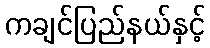
ကချင်ပြည်နယ်နှင့်